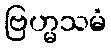
ဗြဟ္မသမံ